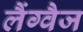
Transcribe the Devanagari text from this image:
लैंग्वैज